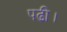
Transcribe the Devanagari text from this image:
पढी।